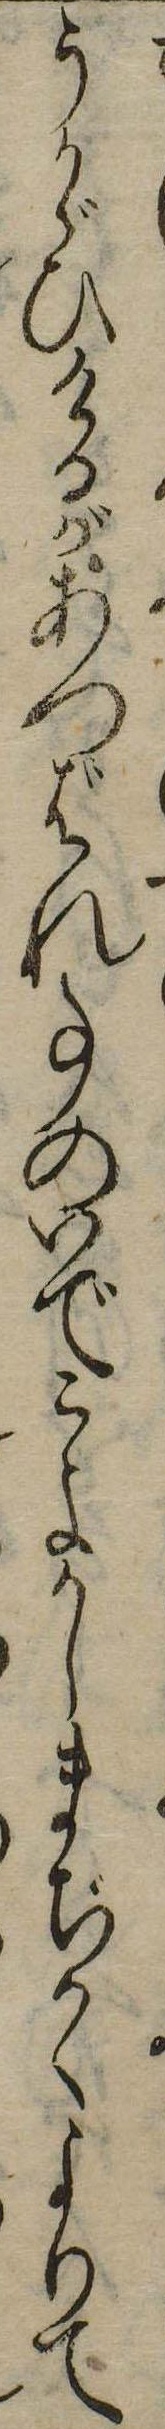
うかゞひけるがあつばれ事のいでこよかしまぢかくよりて